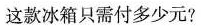
这款冰箱只需付多少元?